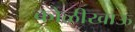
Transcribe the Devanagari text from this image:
कोळीखाऊ